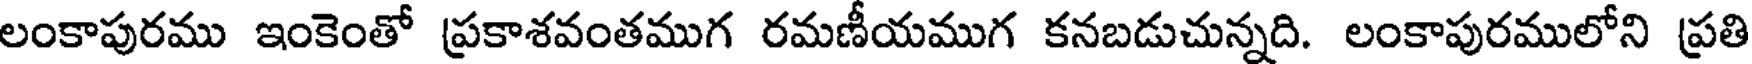
లంకాపురము ఇంకెంతో ప్రకాశవంతముగ రమణీయముగ కనబడుచున్నది. లంకాపురములోని ప్రతి